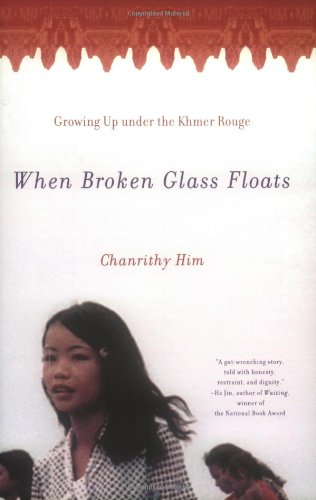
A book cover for When Broken Glass Floats: Growing Up Under the Khmer Rouge; Chanrithy Him; Biographies & Memoirs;